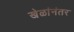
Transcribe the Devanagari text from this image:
खेळांनंतर